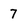
Character: 7